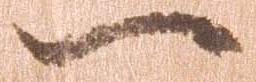
一